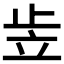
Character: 𰩠